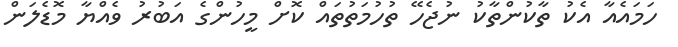
ހަމައެއާ އެކު ތާކުންތާކު ނުޖެހޭ ތުހުމަތުތައް ކޮށް މީހުންގެ އަބުރު ވެއްޔާ މޮޑެލަން